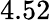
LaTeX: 4.52